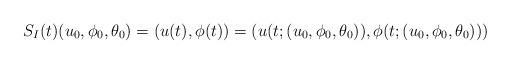
LaTeX: \begin{align*}S_I(t)(u_0,\phi_0,\theta_0)=(u(t),\phi(t))=(u(t;(u_0,\phi_0,\theta_0)),\phi(t;(u_0,\phi_0,\theta_0)))\end{align*}